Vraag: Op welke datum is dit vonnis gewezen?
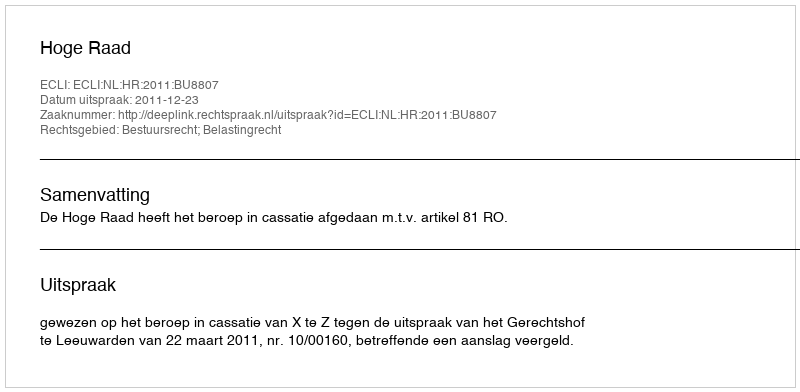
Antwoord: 2011-12-23